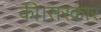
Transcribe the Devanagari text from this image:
की।सरकार